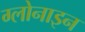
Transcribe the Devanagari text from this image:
ग्लोनाइन